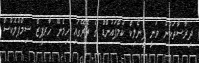
ދިރާސާތަކުން ވަނީ ފީނޯލިކް ކަމްޕައުންޑް ގެ ތެރޭގައި ހިމެނޭ ހާރޕީޒް ސިމްޕްލެކްސް